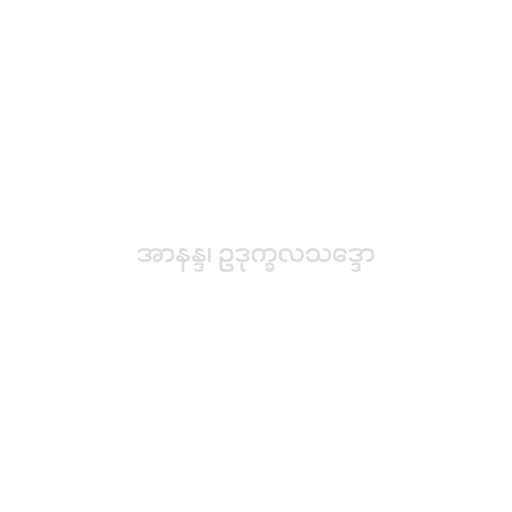
အာနန္ဒ၊ ဥဒုက္ခလသဒ္ဒော